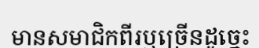
មានសមាជិកពីរឬច្រើនដូច្នេះ